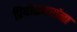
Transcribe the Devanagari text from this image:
प्रियोळकरांना